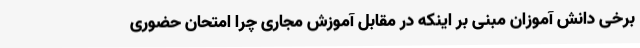
برخی دانش آموزان مبنی بر اینکه در مقابل آموزش مجاری چرا امتحان حضوری